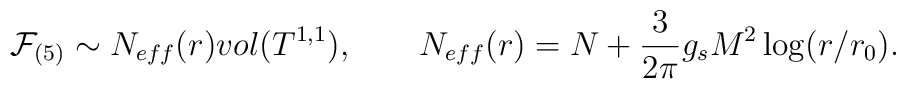
\mathcal{F}_{(5)}\sim N_{eff}(r)vol(T^{1,1}), \qquad  N_{eff}(r) = N + {3\over 2\pi}g_sM^2\log(r/r_0).